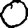
Digit: 0